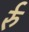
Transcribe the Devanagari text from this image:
र्रु